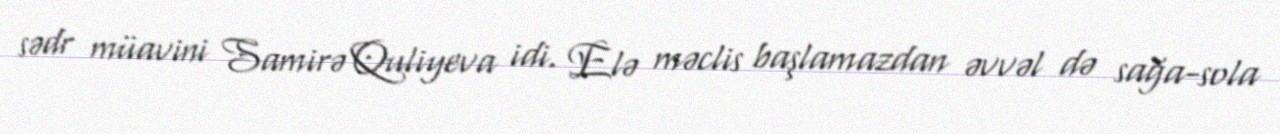
sədr müavini Samirə Quliyeva idi. Elə məclis başlamazdan əvvəl də sağa-sola